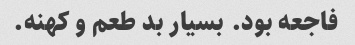
فاجعه بود. بسیار بد طعم و کهنه.